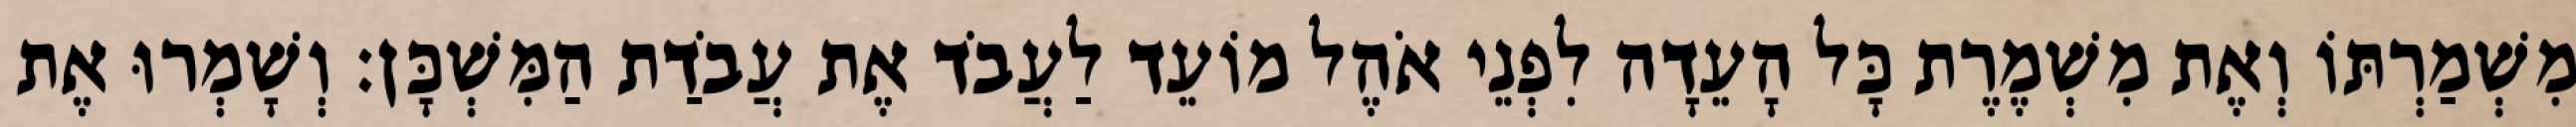
מִשְׁמַרְתּוֹ וְאֶת מִשְׁמֶרֶת כָּל הָעֵדָה לִפְנֵי אֹהֶל מוֹעֵד לַעֲבֹד אֶת עֲבֹדַת הַמִּשְׁכָּן׃ וְשָׁמְרוּ אֶת